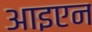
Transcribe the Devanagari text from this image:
आइएन